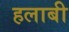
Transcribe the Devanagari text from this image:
हलाबी